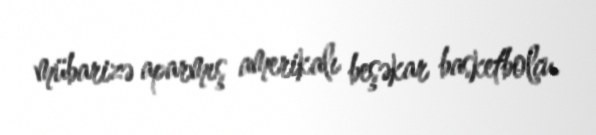
mübarizə aparmış amerikalı beşəkar basketbolçu.